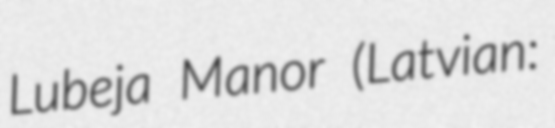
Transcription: Lubeja Manor (Latvian: